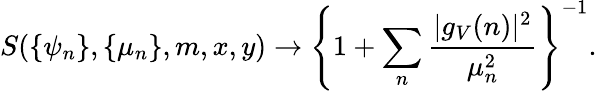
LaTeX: S(\{ \psi_{n}\} ,\{ \mu_{n}\} ,m,x,y)\rightarrow\left\{ 1+\sum_{n}\frac{|g_{V}(n)|^{2}}{\mu_{n}^{2}}\right\} ^{-1}.